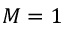
M = 1